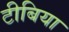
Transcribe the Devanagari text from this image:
टीबिया